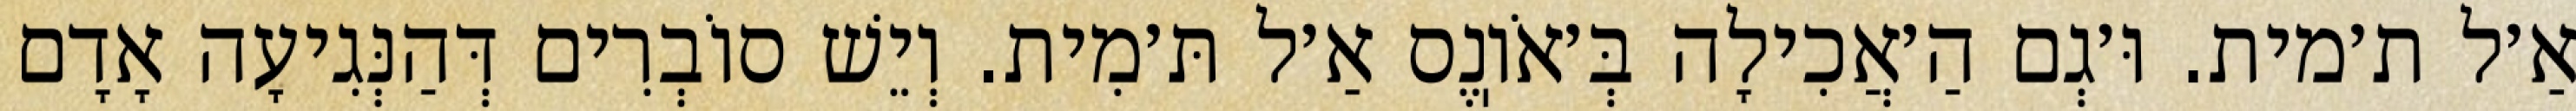
אַ׳ל ת׳מית. וּ׳גְם הַ׳אֲכִילָה בְּ׳אֹוֽנֶס אַ׳ל תּ׳מִית. וְיֵשׁ סוֹבְרִים דְּהַנְּגִיעָה אָדָם